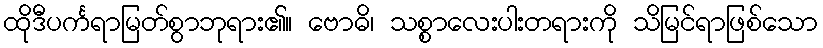
ထိုဒီပင်္ကရာမြတ်စွာဘုရား၏။ ဗောဓိ၊ သစ္စာလေးပါးတရားကို သိမြင်ရာဖြစ်သော